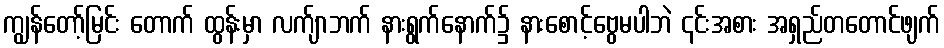
ကျွန်တော့်မြင်း တောက် ထွန်းမှာ လက်ျာဘက် နားရွက်နောက်၌ နားစောင့်ဗွေမပါဘဲ ၎င်းအစား အရှည်တတောင်ဖျက်